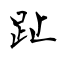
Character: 趾